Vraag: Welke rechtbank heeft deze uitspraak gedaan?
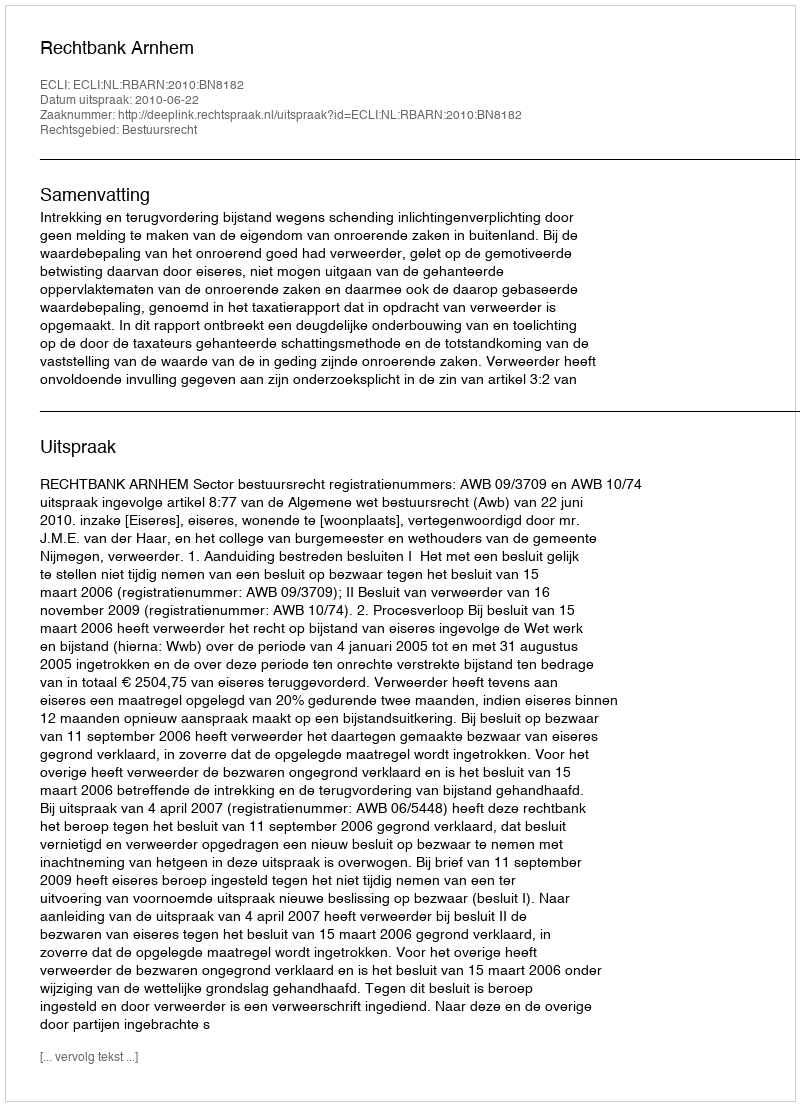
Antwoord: Rechtbank Arnhem